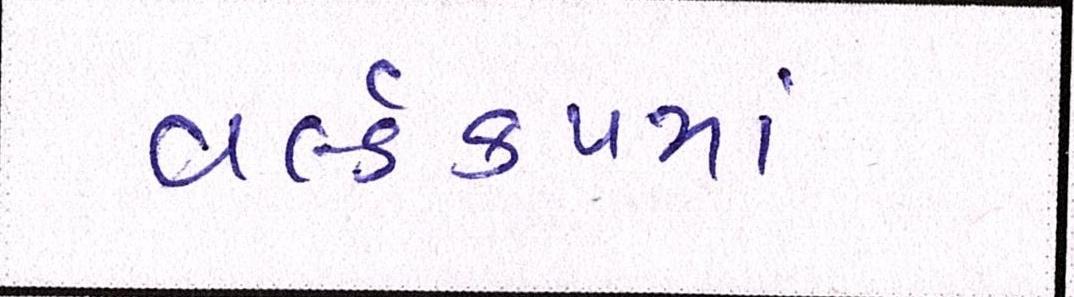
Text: વર્લ્ડકપમાં